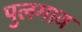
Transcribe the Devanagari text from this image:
पुलगाव